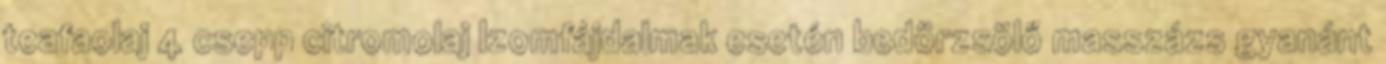
teafaolaj 4 csepp citromolaj Izomfájdalmak esetén bedörzsölő masszázs gyanánt